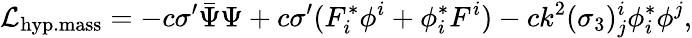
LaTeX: {\cal L}_{\mathrm{hyp.mass}}=-c\sigma^{\prime}\bar{\Psi}\Psi+c\sigma^{\prime}(F_{i}^{*}\phi^{i}+\phi_{i}^{*}F^{i})-ck^{2}(\sigma_{3})_{j}^{i}\phi_{i}^{*}\phi^{j},